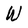
Character: W